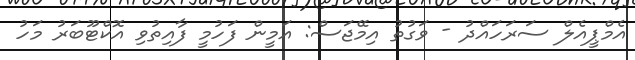
އެމްޕީއެލް ސަރަހައްދު - ވަގުތު އިމޭޖަސް: އަމީން ފަހުމީ ފާއިތުވި އޮކްޓޫބަރު މަހު